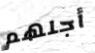
أجلهم